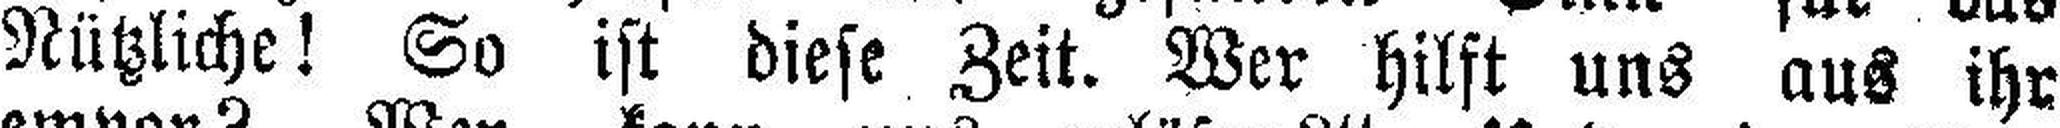
Nützliche! So ist diese Zeit. Wer hilft uns aus ihr